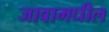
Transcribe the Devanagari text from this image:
जावामधील